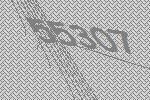
55307